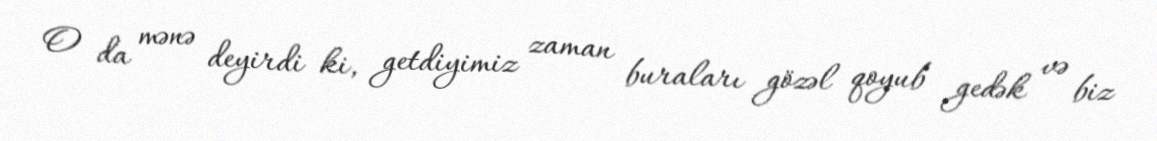
O da mənə deyirdi ki, getdiyimiz zaman buraları gözəl qoyub gedək və biz